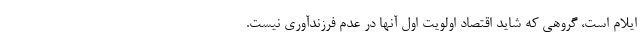
ایلام است، گروهی که شاید اقتصاد اولویت اول آنها در عدم فرزندآوری نیست.